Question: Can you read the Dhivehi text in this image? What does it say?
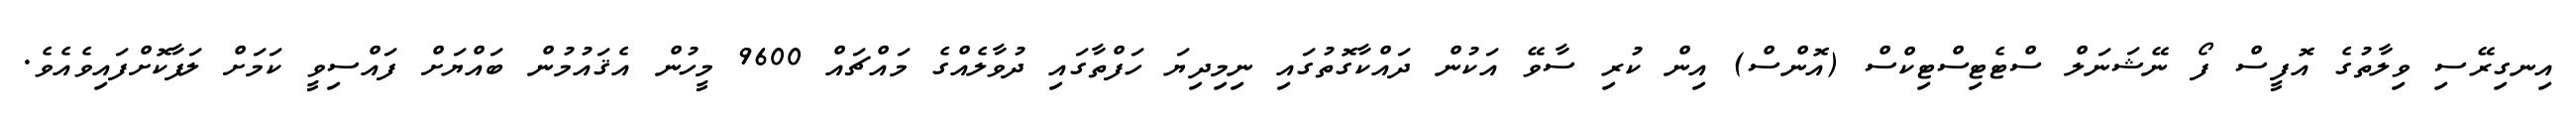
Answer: އިނގިރޭސި ވިލާތުގެ އޮފީސް ފޯ ނޭޝަނަލް ސްޓެޓިސްޓިކްސް (އޮންސް) އިން ކުރި ސާވޭ އަކުން ދައްކާގޮތުގައި ނިމިދިޔަ ހަފްތާގައި ދުވާލެއްގެ މައްޗައް 9600 މީހުން އެޤައުމުން ބައްޔަށް ފައްސިވީ ކަމަށް ލަފާކޮށްފައިވެއެވެ.